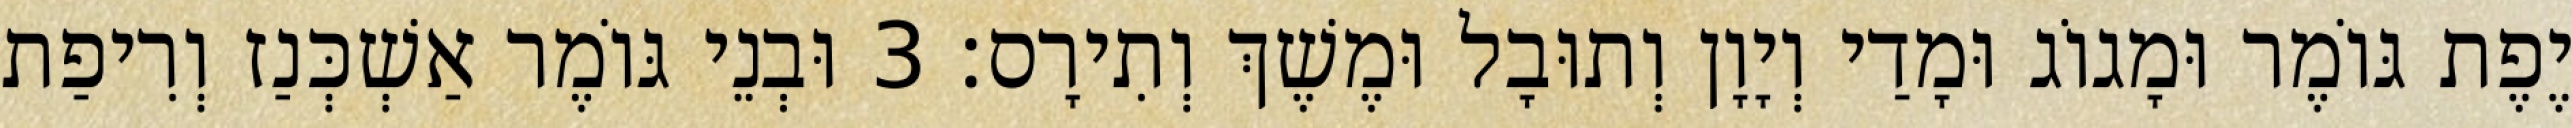
יֶפֶת גּוֹמֶר וּמָגוֹג וּמָדַי וְיָוָן וְתוּבָל וּמֶשֶׁךְ וְתִירָס׃ 3 וּבְנֵי גּוֹמֶר אַשְׁכְּנַז וְרִיפַת